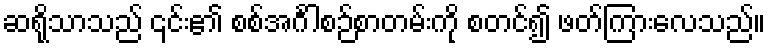
ဆရိုသာသည် ၎င်း၏ စစ်အင်္ဂါစဉ်စာတမ်းကို စတင်၍ ဖတ်ကြားလေသည်။